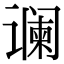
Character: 谰